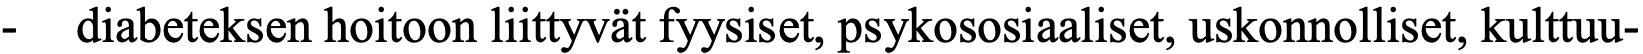
-  diabeteksen hoitoon liittyvät fyysiset, psykososiaaliset, uskonnolliset, kulttuu-